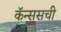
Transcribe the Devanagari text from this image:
कॅन्ससची